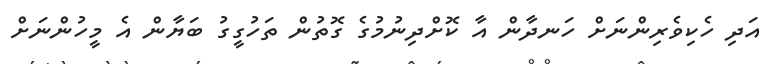
އަދި ހެކިވެރިންނަށް ހަނދާން އާ ކޮށްދިނުމުގެ ގޮތުން ތަހުގީގު ބަޔާން އެ މީހުންނަށް